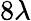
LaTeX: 8\lambda